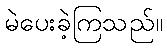
မဲပေးခဲ့ကြသည်။